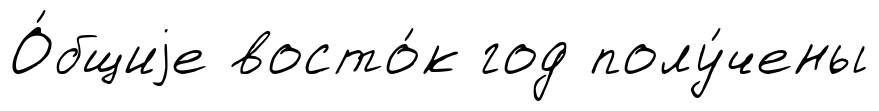
О́бщиjе восто́к год полу́чены